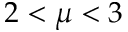
2 < \mu < 3